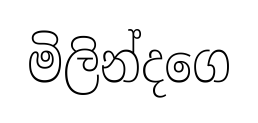
මිලින්දගෙ